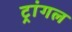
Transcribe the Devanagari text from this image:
ट्रांगल